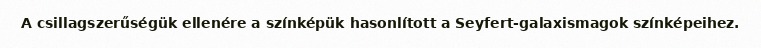
A csillagszerűségük ellenére a színképük hasonlított a Seyfert-galaxismagok színképeihez.